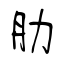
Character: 肋